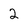
Character: 2